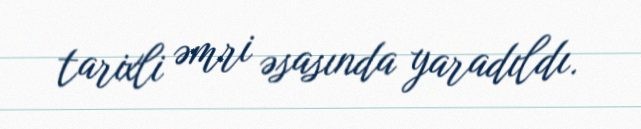
tarixli əmri əsasında yaradıldı.